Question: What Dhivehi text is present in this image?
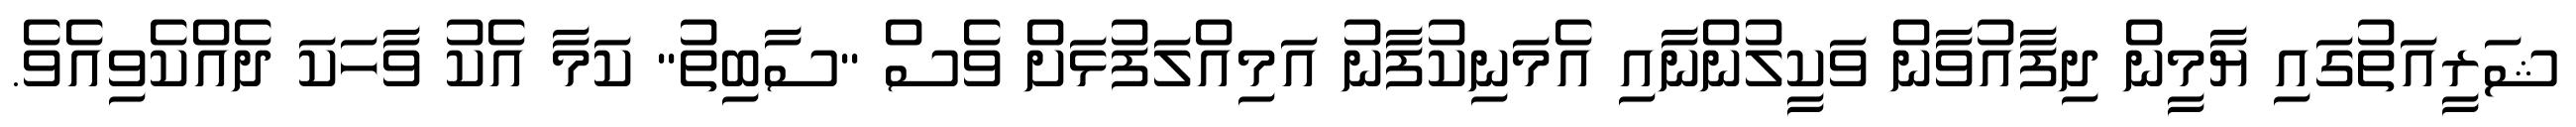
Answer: ޝަރީއަތުގައި ޔާމީން ދިފާއުވާން ވަކީލުންނާއި އެމަނިކުފާނު އަމިއްލަފުޅަށް ވެސް "ސާބިތު" ކަމާ އެކު ވާހަކަ ދެއްކެވިއެވެ.